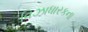
વિઝાધારકના